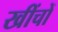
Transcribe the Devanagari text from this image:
खींचों